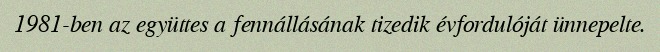
1981-ben az együttes a fennállásának tizedik évfordulóját ünnepelte.